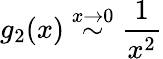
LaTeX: g_{2}(x)\stackrel{x\to 0}{\sim}\frac{1}{x^{2}}